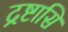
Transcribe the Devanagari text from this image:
द्रष्टासि